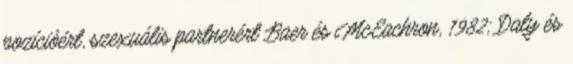
pozícióért, szexuális partnerért Baer és McEachron, 1982; Daly és